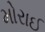
મોરાઈ